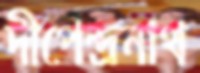
দীপেন্দ্রনাথ